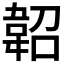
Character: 𩎣